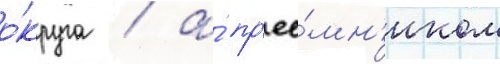
о́круга / а́ пр'ее́мн'иком